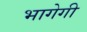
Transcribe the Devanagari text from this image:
भागेगी